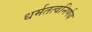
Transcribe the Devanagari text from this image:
धर्मतत्वनिर्णय